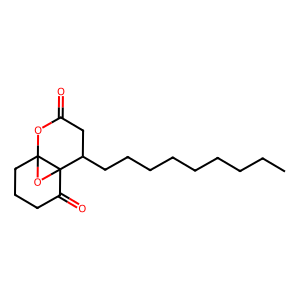
SMILES: CCCCCCCCCC1CC(=O)OC23CCCC(=O)C12O3
Inhibits HIV replication: No